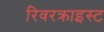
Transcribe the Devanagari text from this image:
रिवरक्राइस्ट